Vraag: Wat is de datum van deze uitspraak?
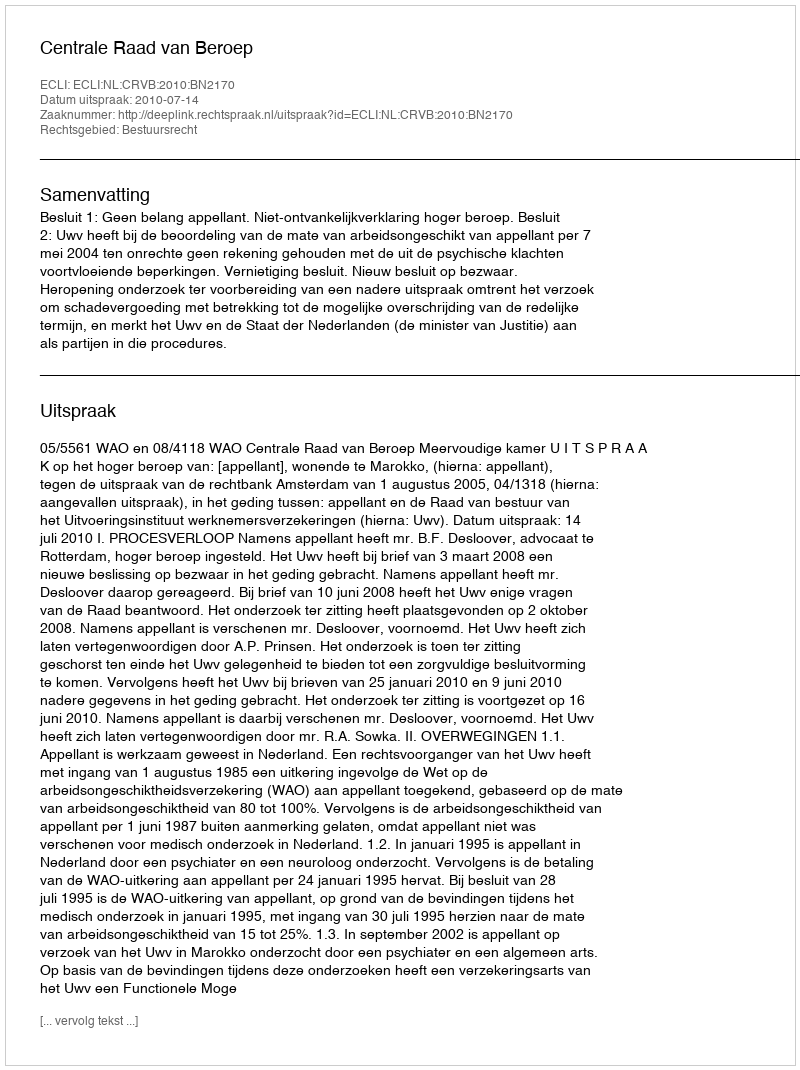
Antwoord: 2010-07-14